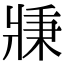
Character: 𤖉